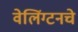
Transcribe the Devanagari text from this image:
वेलिंग्टनचे